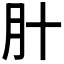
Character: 𬁰